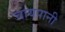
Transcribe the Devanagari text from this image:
चायपानी